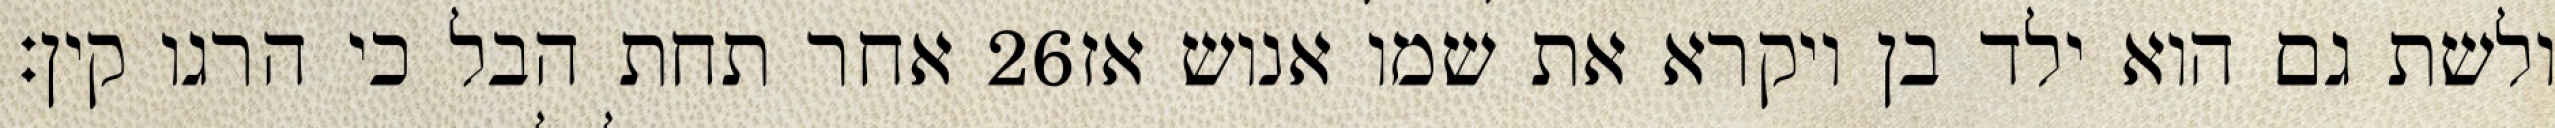
אחר תחת הבל כי הרגו קין׃ ‎26‏ ולשת גם הוא ילד בן ויקרא את שמו אנוש אז